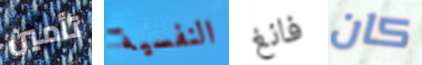
تأمين النفسية فانغ كان